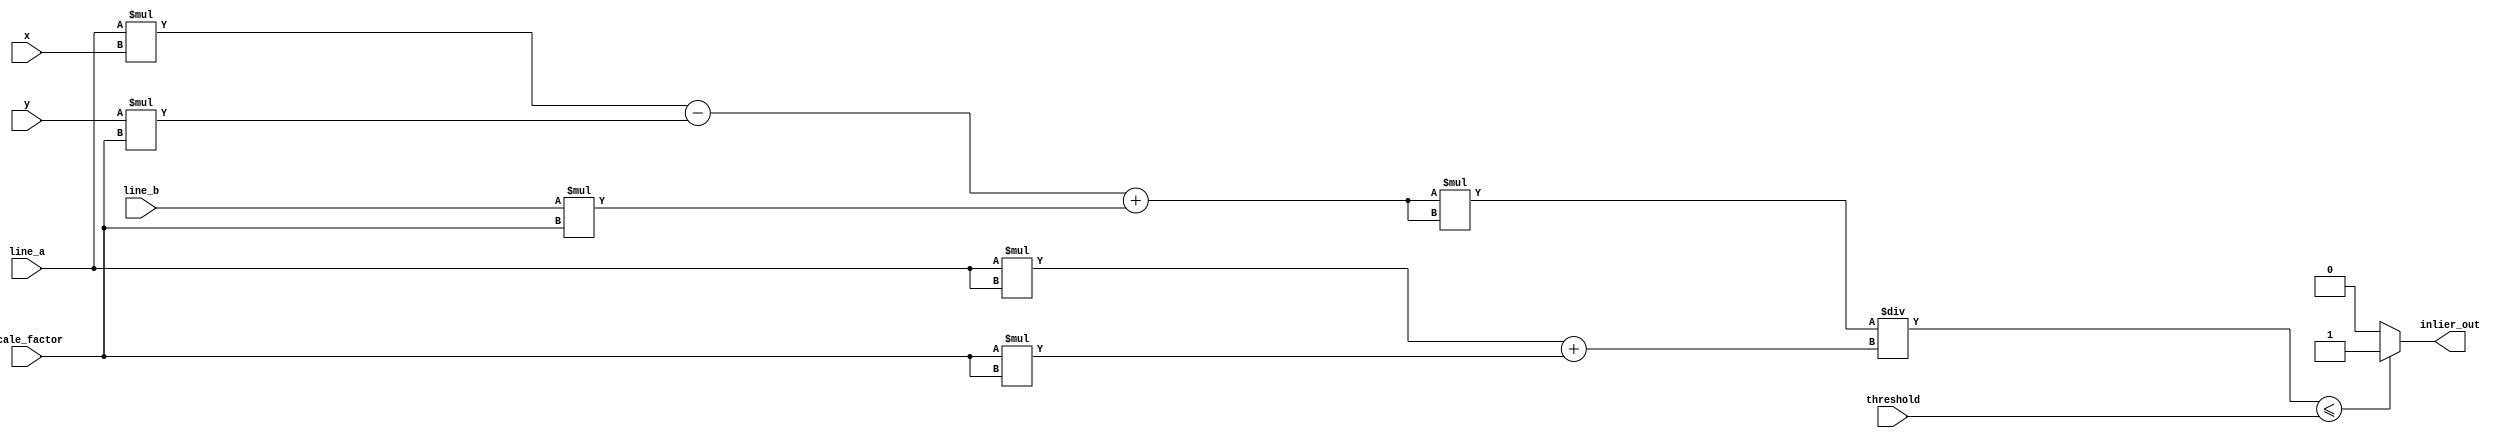
module Inliers_Check(scale_factor, line_a, line_b, x, y, threshold, inlier_out);


input [31:0] scale_factor, line_a, line_b, x, y, threshold;

wire [31:0] term1, term2;

output inlier_out;

assign term1 = line_a * x - y * scale_factor + line_b * scale_factor;

assign term2 = line_a * line_a + scale_factor * scale_factor;

assign inlier_out = term1 * term1 / term2 <= threshold ? 1'b1 : 1'b0;


endmodule